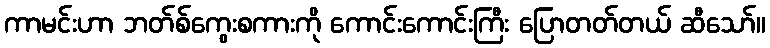
ကာမင်းဟာ ဘတ်စ်ကွေးစကားကို ကောင်းကောင်းကြီး ပြောတတ်တယ် ဆီသော်။